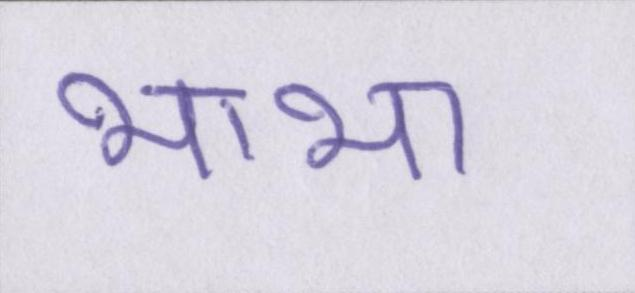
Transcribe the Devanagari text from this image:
भाभा